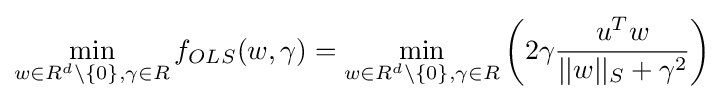
\min _{w\in R^{d}\backslash \{0\},\gamma \in R}f_{OLS}(w,\gamma )=\min _{w\in R^{d}\backslash \{0\},\gamma \in R}{\bigg (}2\gamma {\frac {u^{T}w}{||w||_{S}+\gamma ^{2}}}{\bigg )}